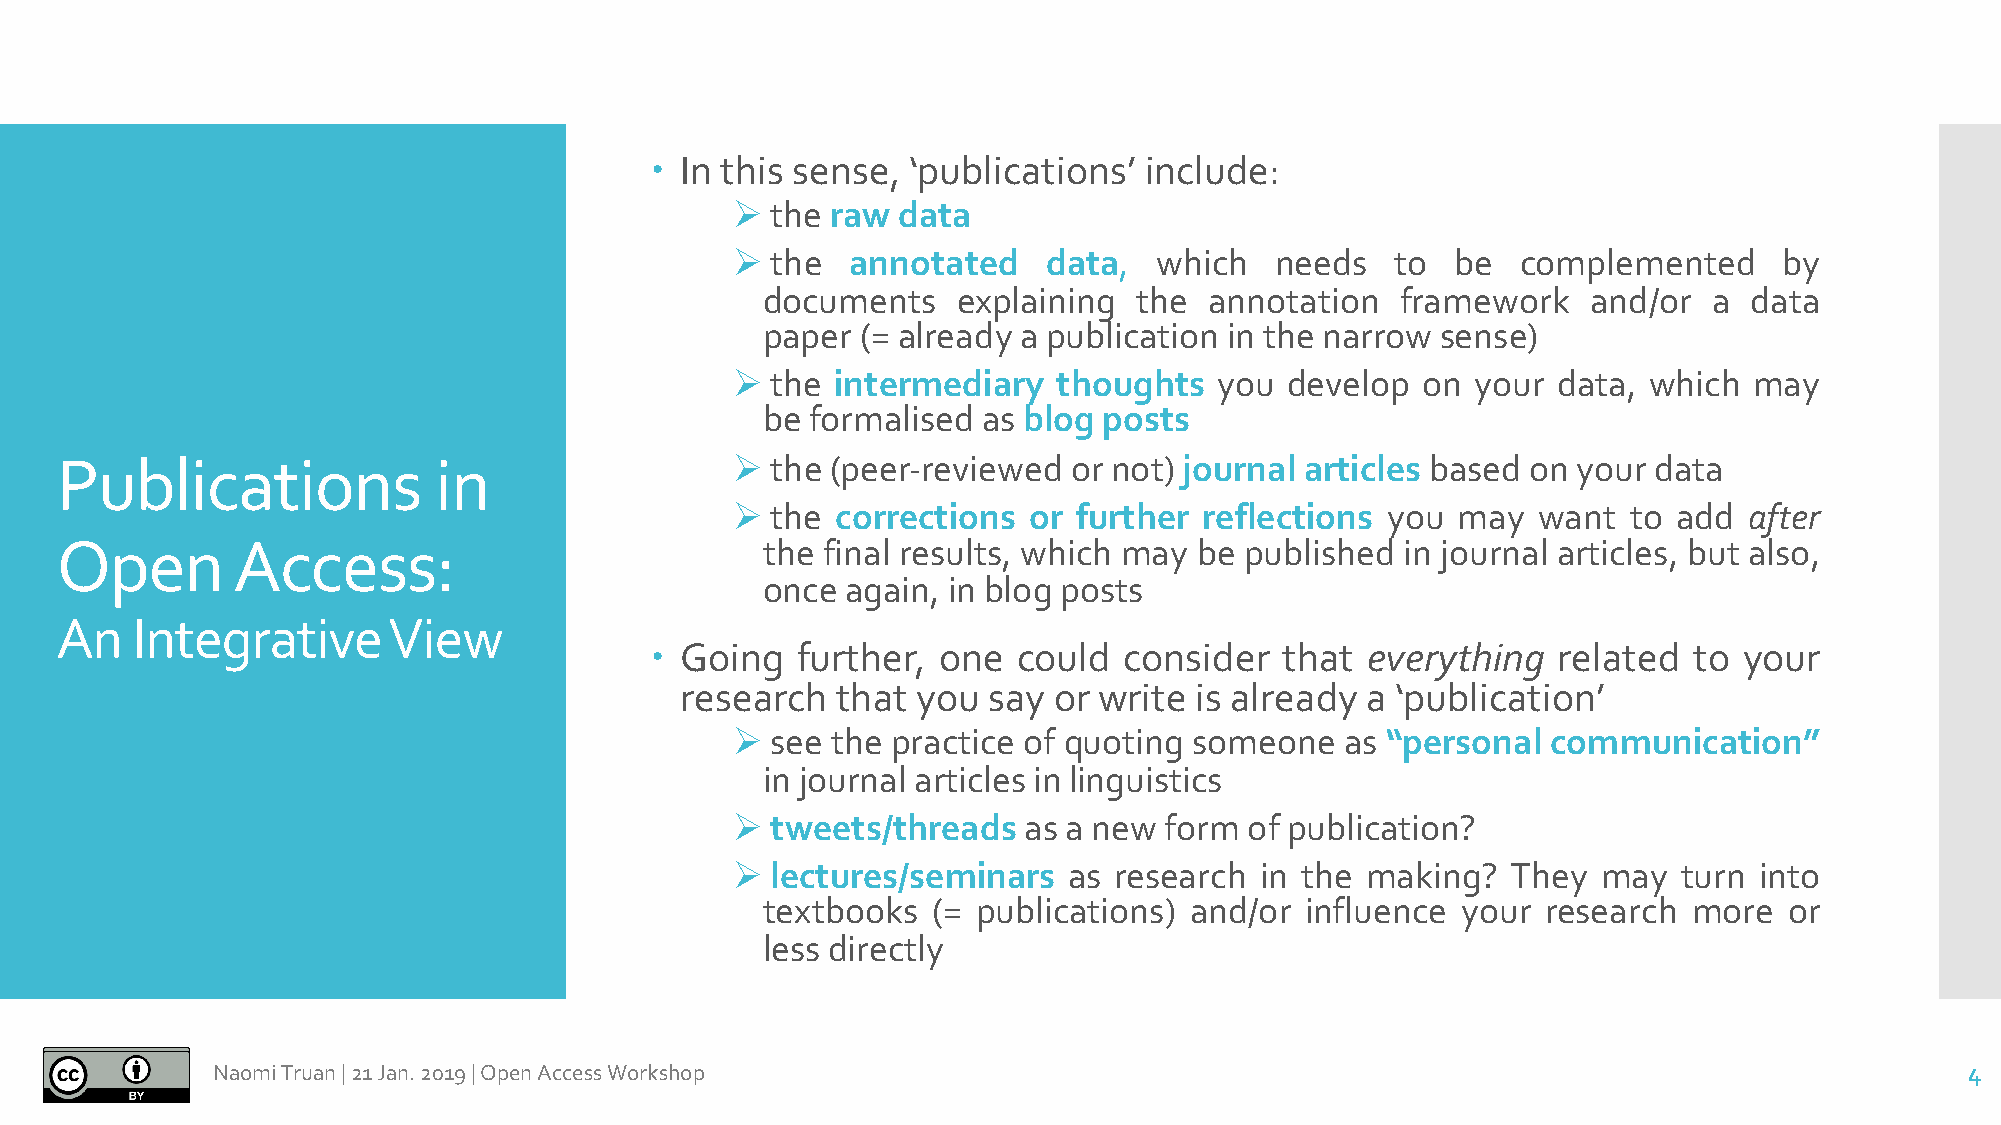
 In this sense, ‘publications’  include:
 Ø  the raw data
 Ø  the  annotated    data,   which  needs   to  be   complemented     by
 documents    explaining  the  annotation   framework   and/or  a  data
 paper  (= already a publication in the narrow sense)
 Ø  the intermediary   thoughts   you develop  on  your data, which  may
 be  formalised as blog posts
 Publications             in                 Ø  the (peer-reviewed  or not) journal articles based on your data
 Ø  the corrections  or further  reflections you may   want  to add  after
 Open       Access:                            the final results, which may be published  in journal articles, but also,
 once  again, in blog posts
 An   Integrative      View
  Going   further, one  could  consider   that everything   related  to your
 research  that  you say  or write is already a ‘publication’
 Ø  see the practice of quoting someone   as “personal  communication”
 in journal articles in linguistics
 Ø  tweets/threads   as a new form  of publication?
 Ø  lectures/seminars   as research in the making?   They  may  turn into
 textbooks   (= publications) and/or influence  your research  more  or
 less directly
 Naomi Truan |21 Jan. 2019 |Open Access Workshop                                                                     4